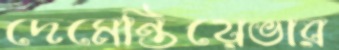
দেমেন্তিয়েভার